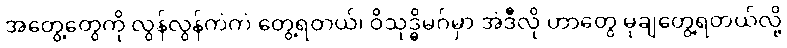
အတွေ့တွေကို လွန်လွန်ကဲကဲ တွေ့ရတယ်၊ ဝိသုဒ္ဓိမဂ်မှာ အဲဒီလို ဟာတွေ မုချတွေ့ရတယ်လို့